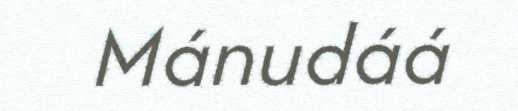
Mánudáá